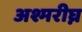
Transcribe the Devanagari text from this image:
अश्मरीघ्न